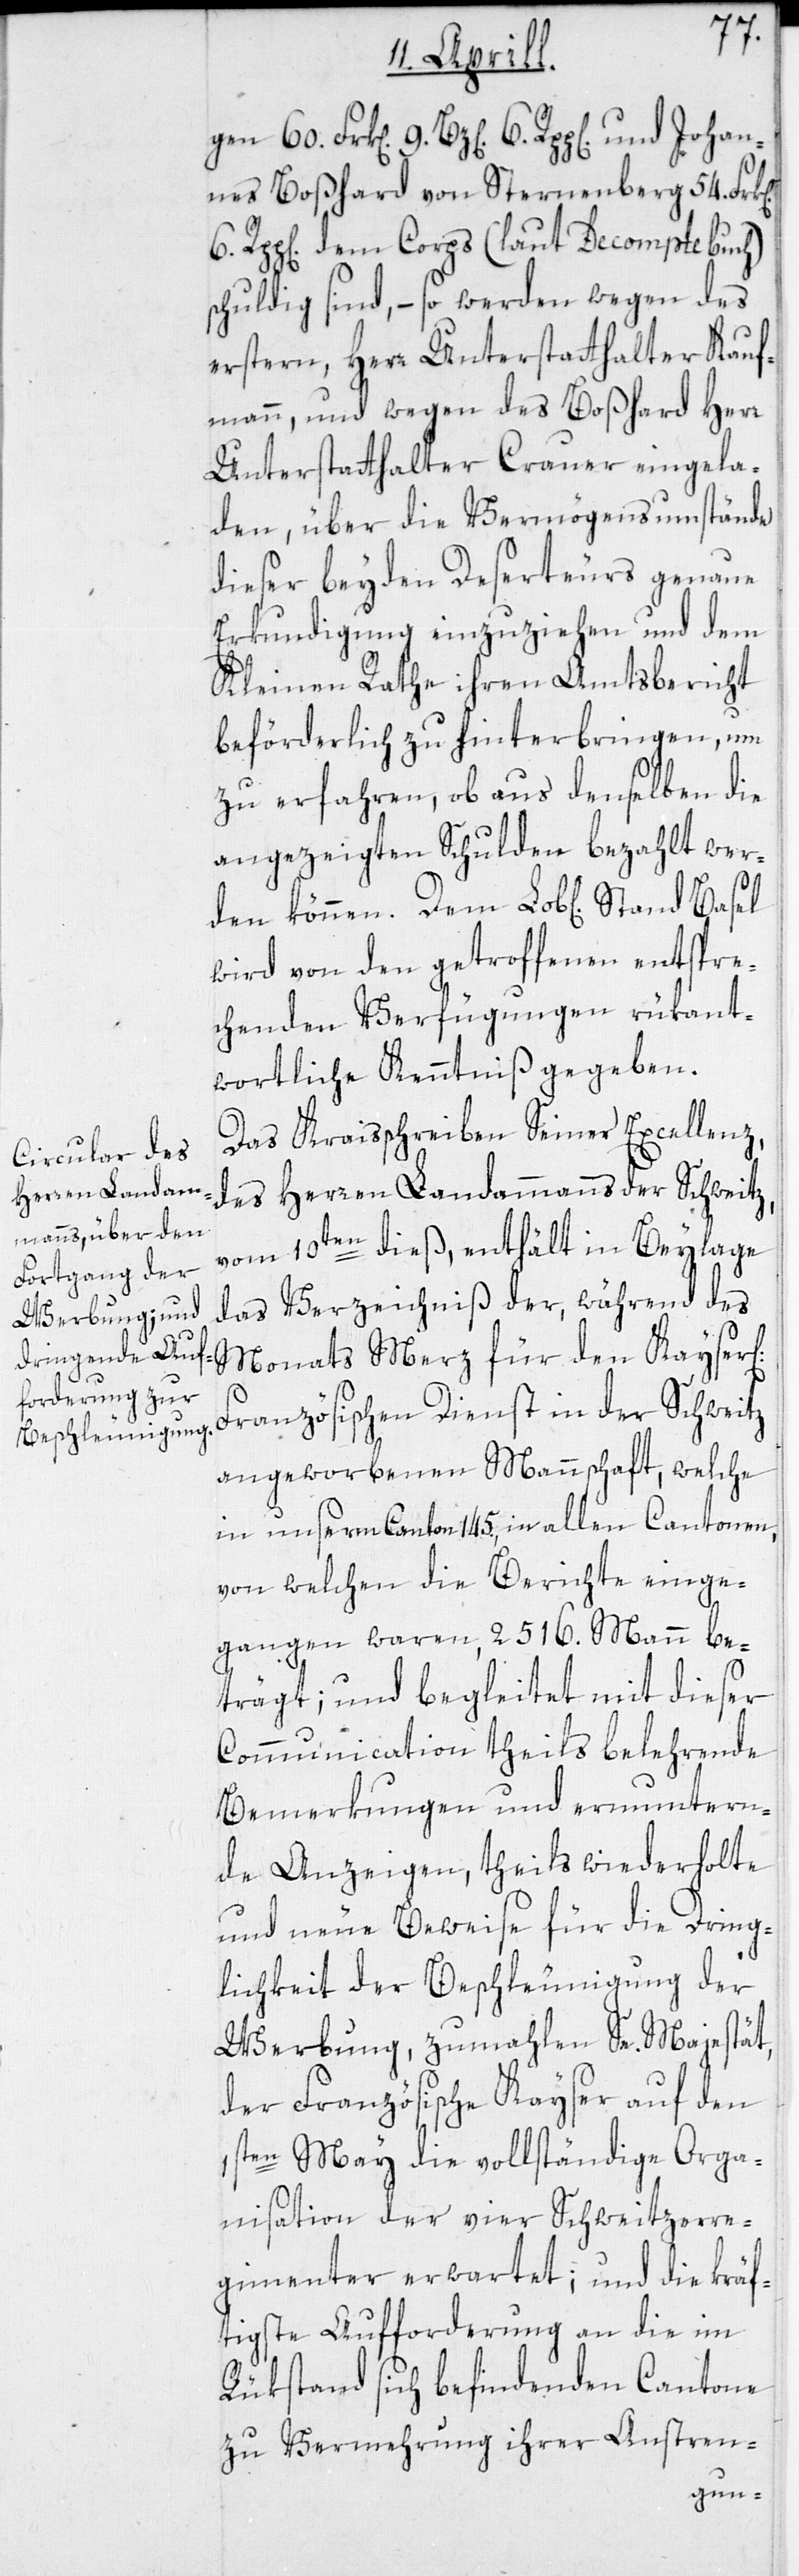
ichen]
nes Boßhard von Sternenberg 54. Fr¬
6 Rpp[en] dem Corps (laut Decomptebuch)
schuldig sind, – so werden wegen des
erstern, Herr Unterstatthalter Kauf¬
mann, und wegen des Boßhard Herr
Unterstatthalter Crauer eingela¬
den, über die Vermögensumstände
dieser beyden Deserteurs genaue
Erkundigung einzuziehen und dem
Kleinen Rathe ihren Amtsbericht
beförderlich zu hinterbringen, um
zu erfahren, ob aus denselben die
angezeigten Schulden bezahlt wer¬
wird von den getroffenen entspre¬
chenden Verfügungen rükant¬
wortliche Kenntniß gegeben.
Das Kreisschreiben Seiner Excellenz,
des Herren Landammanns der Schweitz,
vom 10ten dieß, enthält in Beylage
das Verzeichniß der, während des
Monats Merz für den Kayser[l¬
Französischen Dienst in der Schweitz
angeworbenen Mannschaft, welche
in unserm Canton 145., in allen Cantonen,
von welchen die Berichte einge¬
gangen waren, 2516. Mann be¬
trägt; und begleitet mit dieser
Communication theils belehrende
Bemerkungen und ermuntern¬
de Anzeigen, theils wiederholte
und neue Beweise für die Dring¬
lichkeit der Beschleunigung der
Werbung, zumahlen Se. Majestät,
der Französische Kayser auf den
1sten Mai die vollständige Orga¬
nisation der vier Schweitzerre¬
gimenter erwartet; und die kräf¬
tigste Aufforderung an die im
Rükstand sich befindenden Cantone
zu Vermehrung ihrer Anstren-